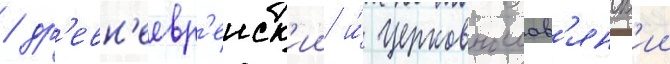
/ др'евн'еевр'еиск'ии и́ церковнослав'янск'ии